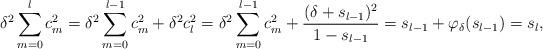
LaTeX: \begin{align*}\delta^2 \sum_{m=0}^{l}c_m^2&=\delta^2 \sum_{m=0}^{l-1}c_m^2 +\delta^2 c_l^2=\delta^2 \sum_{m=0}^{l-1}c_m^2 +\frac{(\delta +s_{l-1})^2}{1-s_{l-1}}=s_{l-1}+\varphi_\delta(s_{l-1})=s_l,\end{align*}